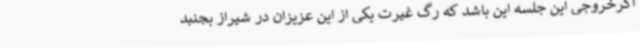
اگرخروجی این جلسه این باشد که رگ غیرت یکی از این عزیزان در شیراز بجنبد